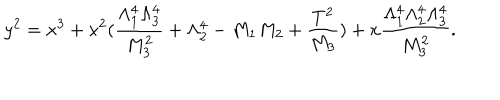
y ^ { 2 } = x ^ { 3 } + x ^ { 2 } ( \frac { \Lambda _ { 1 } ^ { 4 } \Lambda _ { 3 } ^ { 4 } } { M _ { 3 } ^ { 2 } } + \Lambda _ { 2 } ^ { 4 } - M _ { 1 } M _ { 2 } + \frac { T ^ { 2 } } { M _ { 3 } } ) + x \frac { \Lambda _ { 1 } ^ { 4 } \Lambda _ { 2 } ^ { 4 } \Lambda _ { 3 } ^ { 4 } } { M _ { 3 } ^ { 2 } } . \nonumber